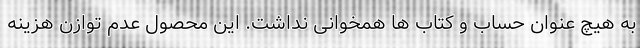
به هیچ عنوان حساب و کتاب ها همخوانی نداشت. این محصول عدم توازن هزینه